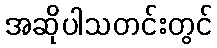
အဆိုပါသတင်းတွင်